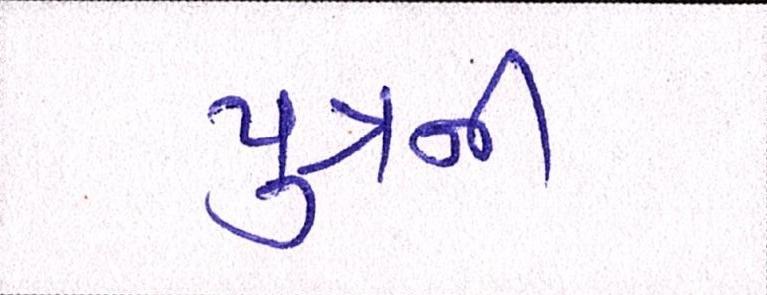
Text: પુત્રની